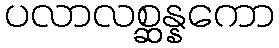
ပလာလစ္ဆန္နကော